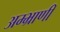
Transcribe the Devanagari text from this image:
अम्भ्राणी